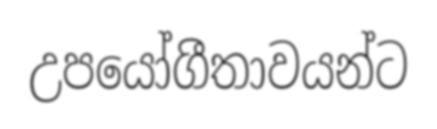
උපයෝගීතාවයන්ට